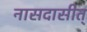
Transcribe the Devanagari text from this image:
नासदासीत्